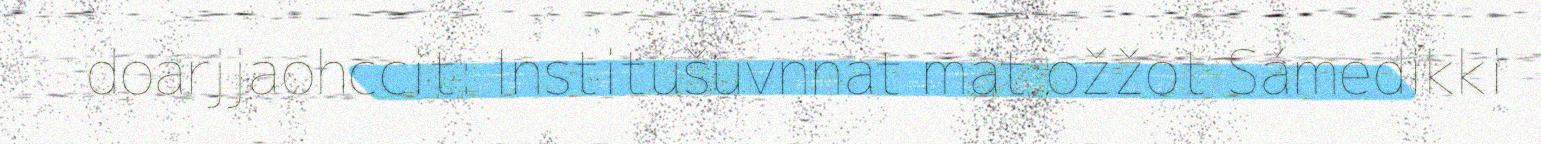
doarjjaohccit: Institušuvnnat mat ožžot Sámedikki